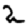
Digit: 2